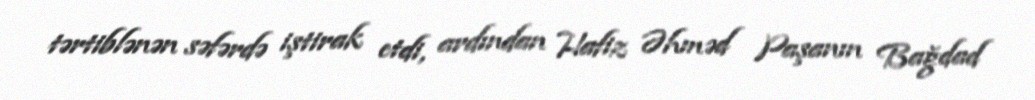
tərtiblənən səfərdə iştirak etdi, ardından Hafiz Əhməd Paşanın Bağdad